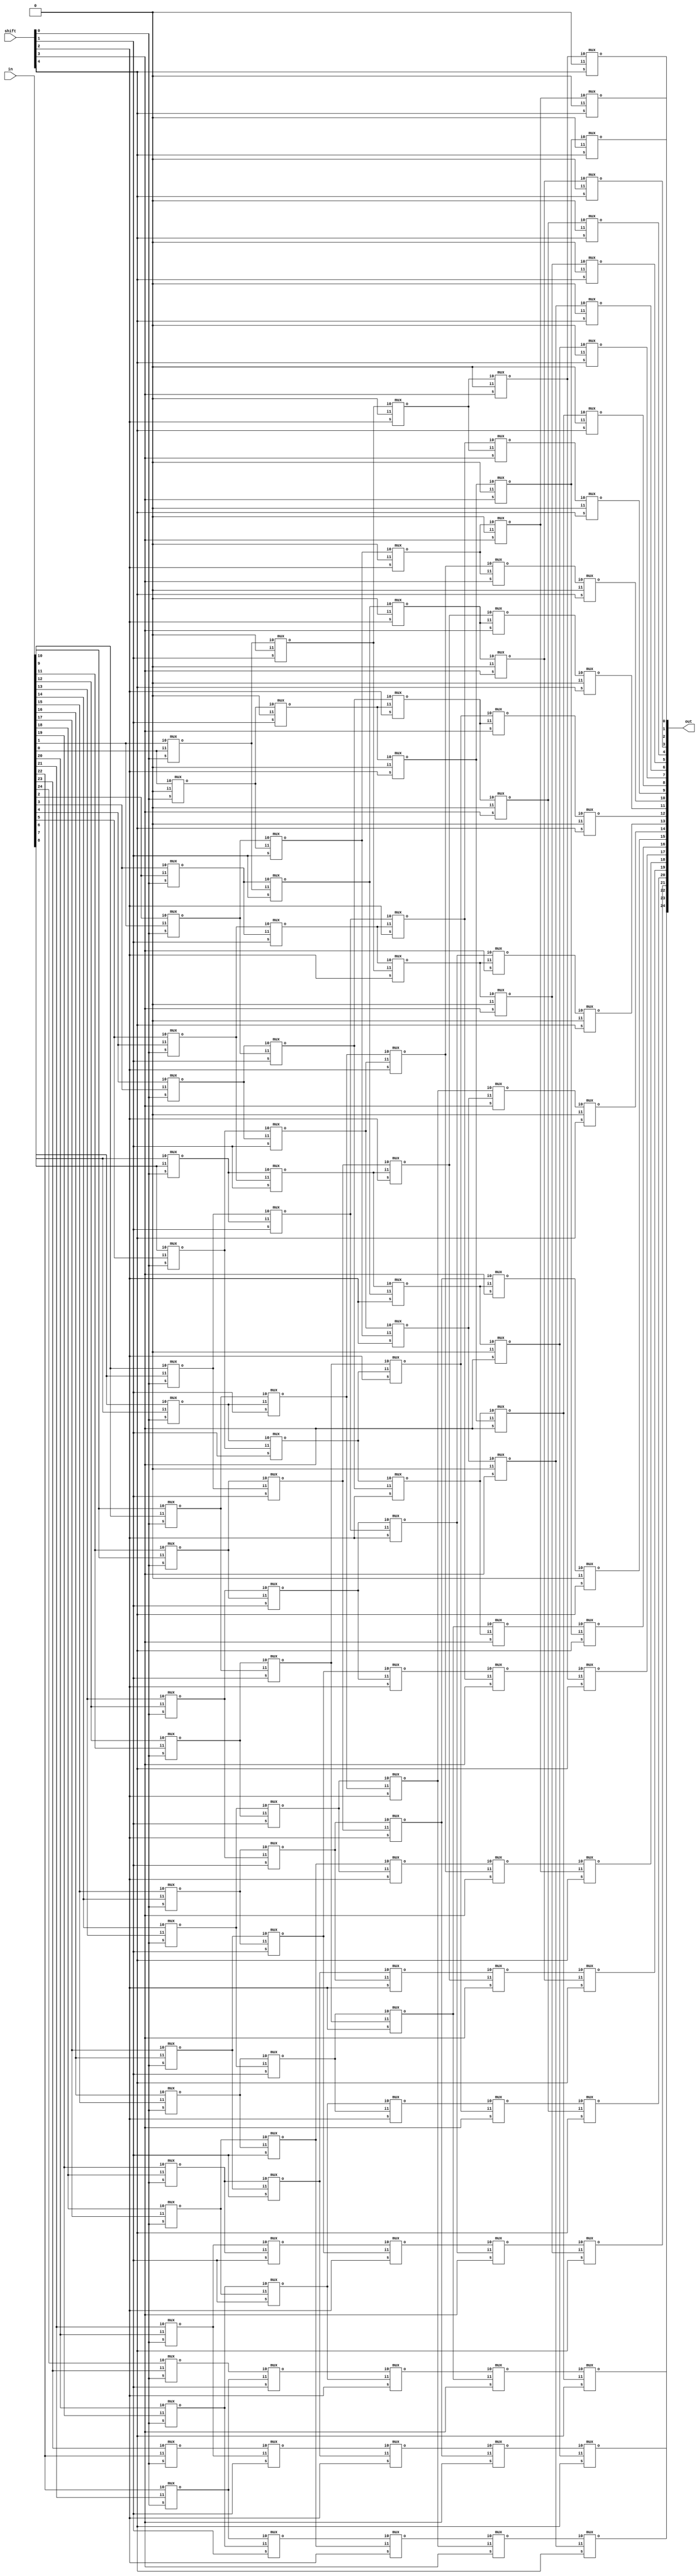
module left_shift(in,shift,out);

	input [24:0]in;
	input [4:0]shift;
	output [24:0]out;

	wire [24:0]stage1,stage2,stage3,stage4;
	genvar i;

	// stage 1
	mux stage_1_0(1'b0,in[0],shift[0],stage1[0]);
	generate
		for(i=1;i<25;i=i+1)
			mux stage_1(in[i-1],in[i],shift[0],stage1[i]);
	endgenerate

	// stage 2
	mux stage_2_0(1'b0,stage1[0],shift[1],stage2[0]);
	mux stage_2_1(1'b0,stage1[1],shift[1],stage2[1]);
	generate
		for(i=2;i<25;i=i+1)
			mux stage_2(stage1[i-2],stage1[i],shift[1],stage2[i]);
	endgenerate

	// stage 3
	generate
		for(i=0;i<4;i=i+1)
			mux stage_3(1'b0,stage2[i],shift[2],stage3[i]);
	endgenerate
	generate
		for(i=4;i<25;i=i+1)
			mux stage_3(stage2[i-4],stage2[i],shift[2],stage3[i]);
	endgenerate

	// stage 4
	generate
		for(i=0;i<8;i=i+1)
			mux stage_4(1'b0,stage3[i],shift[3],stage4[i]);
	endgenerate
	generate
		for(i=8;i<25;i=i+1)
			mux stage_4(stage3[i-8],stage3[i],shift[3],stage4[i]);
	endgenerate

	// stage 5
	generate
		for(i=0;i<16;i=i+1)
			mux stage_5(1'b0,stage4[i],shift[4],out[i]);
	endgenerate
	generate
		for(i=16;i<25;i=i+1)
			mux stage_5(stage4[i-16],stage4[i],shift[4],out[i]);
	endgenerate

endmodule

module right_shift(in,shift,out);

	input [23:0]in;
	input [4:0]shift;
	output [23:0]out;

	wire [23:0]stage1,stage2,stage3,stage4;
	genvar i;

	// stage 1
	generate
		for(i=0;i<23;i=i+1)
			mux stage_1(in[i+1],in[i],shift[0],stage1[i]);
	endgenerate
	mux stage_1_24(1'b0,in[23],shift[0],stage1[23]);

	// stage 2
	generate
		for(i=0;i<22;i=i+1)
			mux stage_2(stage1[i+2],stage1[i],shift[1],stage2[i]);
	endgenerate
	mux stage_2_1(1'b0,stage1[22],shift[1],stage2[22]);
	mux stage_2_0(1'b0,stage1[23],shift[1],stage2[23]);

	// stage 3
	generate
		for(i=0;i<20;i=i+1)
			mux stage_3(stage2[i+4],stage2[i],shift[2],stage3[i]);
	endgenerate
	generate
		for(i=20;i<24;i=i+1)
			mux stage_3(1'b0,stage2[i],shift[2],stage3[i]);
	endgenerate

	// stage 4
	generate
		for(i=0;i<16;i=i+1)
			mux stage_4(stage3[i+8],stage3[i],shift[3],stage4[i]);
	endgenerate
	generate
		for(i=16;i<24;i=i+1)
			mux stage_4(1'b0,stage3[i],shift[3],stage4[i]);
	endgenerate

	// stage 5
	generate
		for(i=0;i<8;i=i+1)
			mux stage_5(stage4[i+16],stage4[i],shift[4],out[i]);
	endgenerate
	generate
		for(i=8;i<24;i=i+1)
			mux stage_5(1'b0,stage4[i],shift[4],out[i]);
	endgenerate

endmodule

module mux(i1,i0,s,o);

	input i0,i1,s;
	output o;

	assign o = (i1 & s) | (i0 & ~s);

endmodule